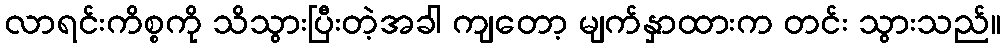
လာရင်းကိစ္စကို သိသွားပြီးတဲ့အခါ ကျတော့ မျက်နှာထားက တင်း သွားသည်။